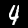
Digit: 4